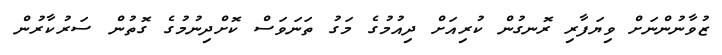
ޒުވާނުންނަށް ވިޔަފާރި ރޮނގުން ކުރިއަށް ދިއުމުގެ މަގު ތަނަވަސް ކޮށްދިނުމުގެ ގޮތުން ސަރުކާރުން